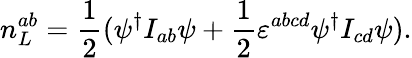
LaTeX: n_{L}^{ab}=\frac 12(\psi^{\dagger}I_{ab}\psi+\frac 12\varepsilon^{abcd}\psi^{\dagger}I_{cd}\psi).